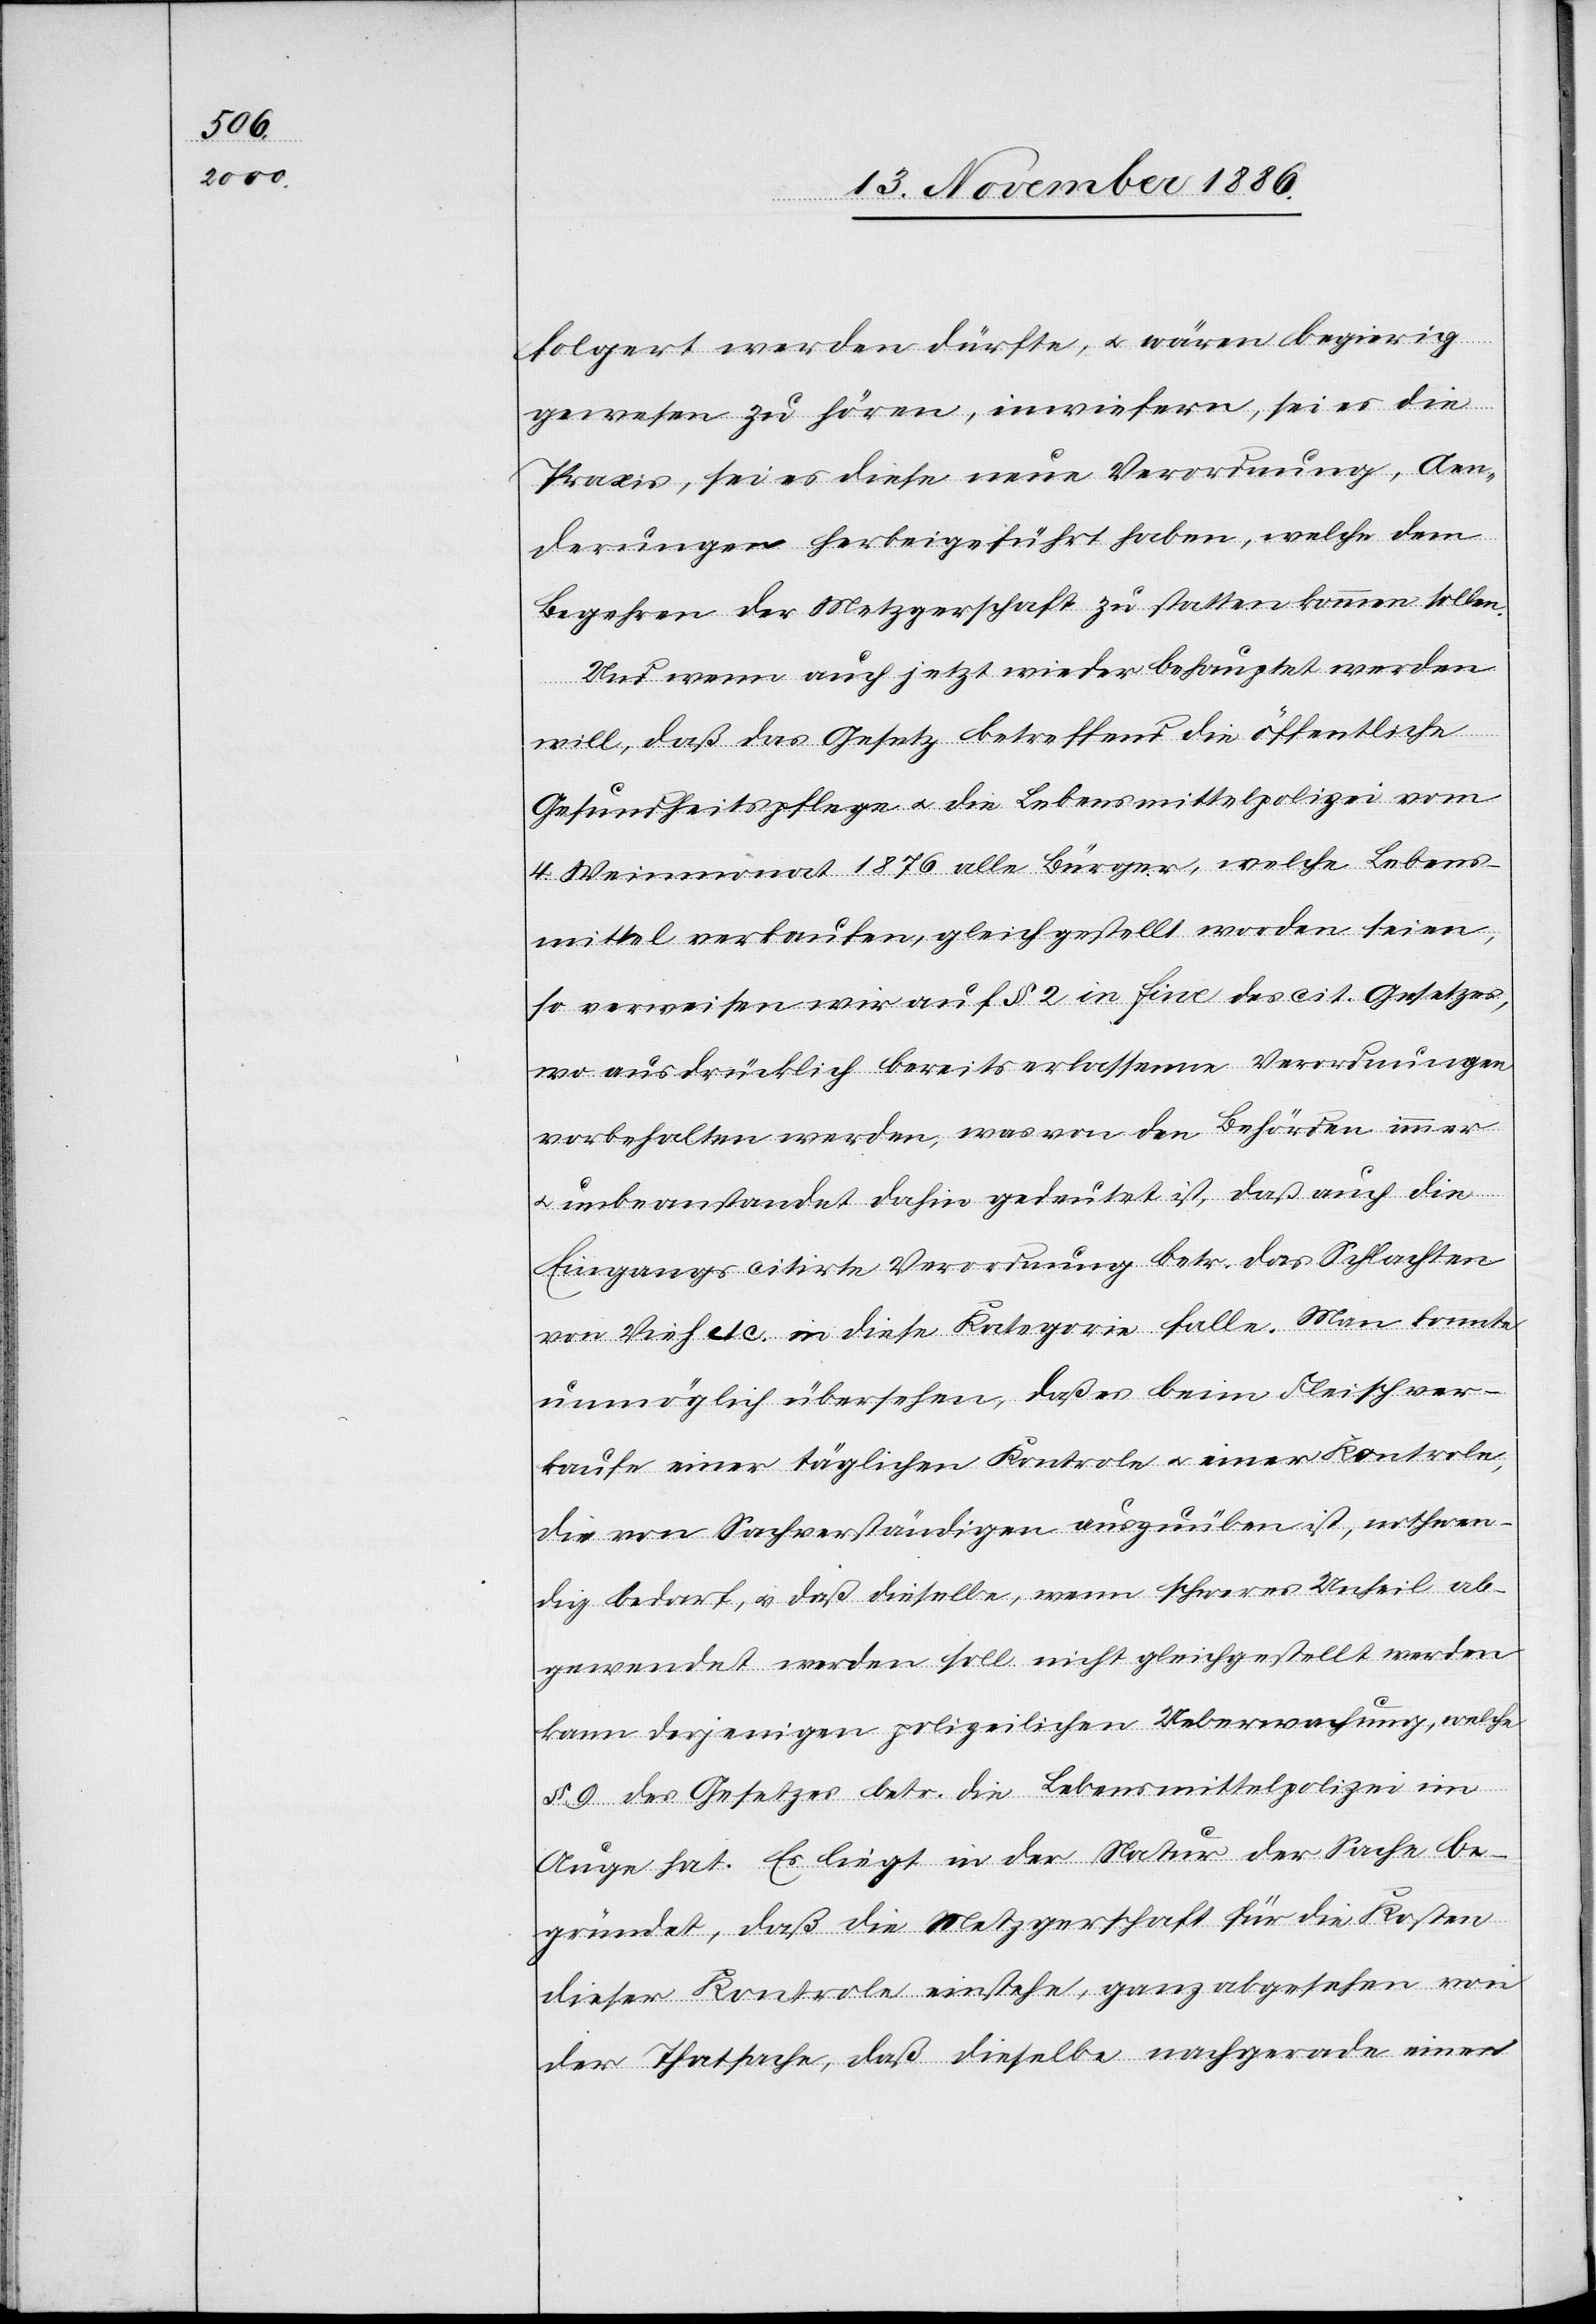
folgert werden dürfte, & wären begierig
gewesen zu hören, inwiefern, sei es die
Praxis, sei es diese neue Verordnung, Aen¬
derungen herbeigeführt haben, welche dem
Begehren der Metzgerschaft zu statten kommen sollen.
Und wenn auch jetzt wieder behauptet werden
will, daß [durch] das Gesetz betreffend die öffentliche
Gesundheitspflege & die Lebensmittelpolizei vom
4. Weinmonat 1876 alle Bürger, welche Lebens¬
mittel verkaufen, gleichgestellt worden seien,
so verweisen wir auf § 2 in fine des cit. Gesetzes,
wo ausdrücklich bereits erlassenen Verordnungen
vorbehalten werden, was von den Behörden immer
unbeanstandet dahin gedeutet ist, daß auch die
Eingangs citirte Verordnung betr. das Schlachten
von Vieh etc. in diese Kategorie falle. Man konnte
unmöglich übersehen, daß es beim Fleischver¬
kaufe einer täglichen Kontrole & einer Kontrole,
die von Sachverständigen auszuüben ist, nothwen¬
dig bedarf, & daß dieselbe, wenn schweres Unheil ab¬
gewendet werden soll nicht gleichgestellt werden
kann derjenigen polizeilichen Ueberwachung, welche
§ 9 des Gesetzes betr. die Lebensmittelpolizei im
Auge hat. Es liegt in der Natur der Sache be¬
gründet, daß die Metzgerschaft für die Kosten
dieser Kontrole einstehe, ganz abgesehen von
der Thatsache, daß dieselbe nachgerade einen